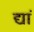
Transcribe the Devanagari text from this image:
द्यां